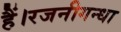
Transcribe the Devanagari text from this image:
हैं।रजनीगन्धा